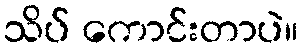
သိပ် ကောင်းတာပဲ။